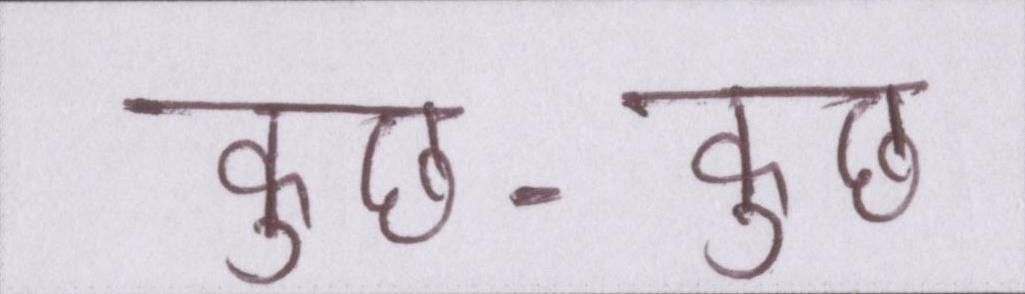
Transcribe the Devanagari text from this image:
कुछ-कुछ